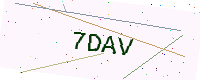
Text: 7DAV